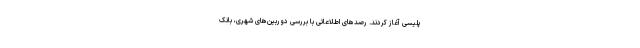
پلیسی آغاز کردند. رصدهای اطلاعاتی با بررسی دوربین‌های شهری، بانک